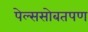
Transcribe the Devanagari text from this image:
पेल्ससोबतपण